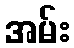
အမ်း